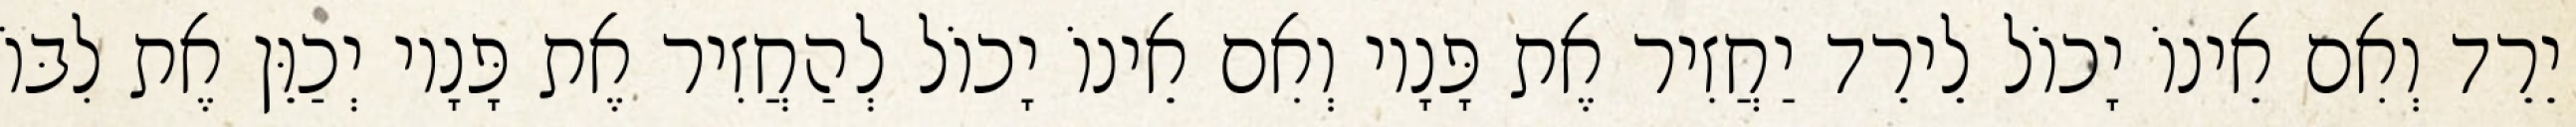
יֵרֵד וְאִם אֵינוֹ יָכוֹל לֵירֵד יַחֲזִיר אֶת פָּנָיו וְאִם אֵינוֹ יָכוֹל לְהַחֲזִיר אֶת פָּנָיו יְכַוֵּן אֶת לִבּוֹ